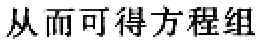
从而可得方程组